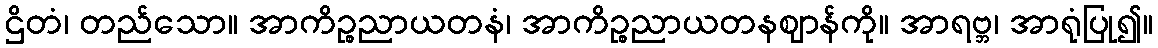
ဌိတံ၊ တည်သော။ အာကိဉ္စညာယတနံ၊ အာကိဉ္စညာယတနဈာန်ကို။ အာရဗ္ဘ၊ အာရုံပြု၍။